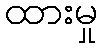
ထားမှု